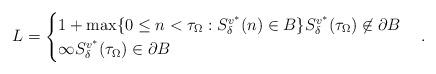
LaTeX: \begin{align*}L=\begin{cases}1+ \max \{ 0 \leq n <\tau _\Omega : S_\delta ^{v^*}(n) \in B \} S_\delta ^{v^*}(\tau _\Omega ) \not \in \partial B\\\infty S_\delta ^{v^*} (\tau _\Omega ) \in \partial B\end{cases}.\end{align*}